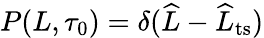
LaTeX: P(L,\tau_{0})=\delta(\widehat{L}-\widehat{L}_{\mathrm{ts}})